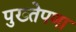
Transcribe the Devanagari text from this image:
पुख्तेपणा